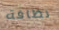
نظافة